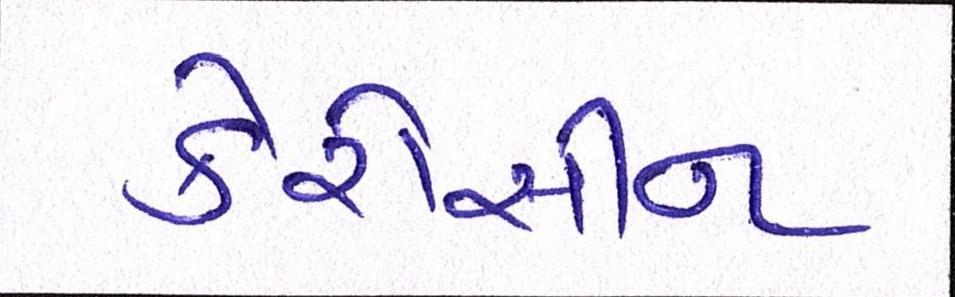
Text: કેરોસીન